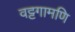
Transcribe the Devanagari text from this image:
वट्टगामणि